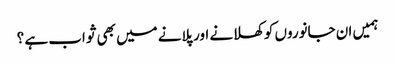
ہمیں ان جانوروں کو کھلانے اور پلانے میں بھی ثواب ہے ؟